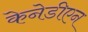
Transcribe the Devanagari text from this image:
केनेडीएन